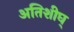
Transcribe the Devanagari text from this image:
अतिशीघ्